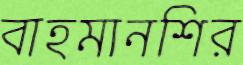
বাহমানশির